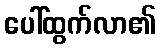
ပေါ်ထွက်လာ၏